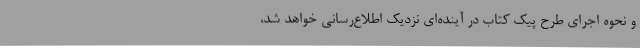
و نحوه اجرای طرح پیک کتاب در آینده‌ای نزدیک اطلاع‌رسانی خواهد شد،